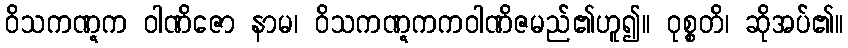
ဝိသကဏ္ဋက ဝါဏိဇော နာမ၊ ဝိသကဏ္ဋကကဝါဏိဇမည်၏ဟူ၍။ ဝုစ္စတိ၊ ဆိုအပ်၏။